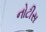
નોટીસ